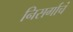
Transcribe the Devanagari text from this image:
निसर्गाचं